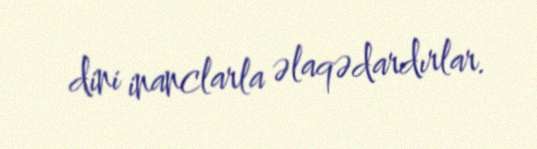
dini inanclarla əlaqədardırlar.